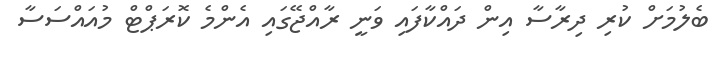
ބެލުމަށް ކުރި ދިރާސާ އިން ދައްކާފައި ވަނީ ރާއްޖޭގައި އެންމެ ކޮރަޕްޓް މުއައްސަސާ